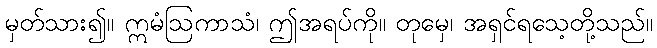
မှတ်သား၍။ ဣမံဩကာသံ၊ ဤအရပ်ကို။ တုမှေ၊ အရှင်ရသေ့တို့သည်။